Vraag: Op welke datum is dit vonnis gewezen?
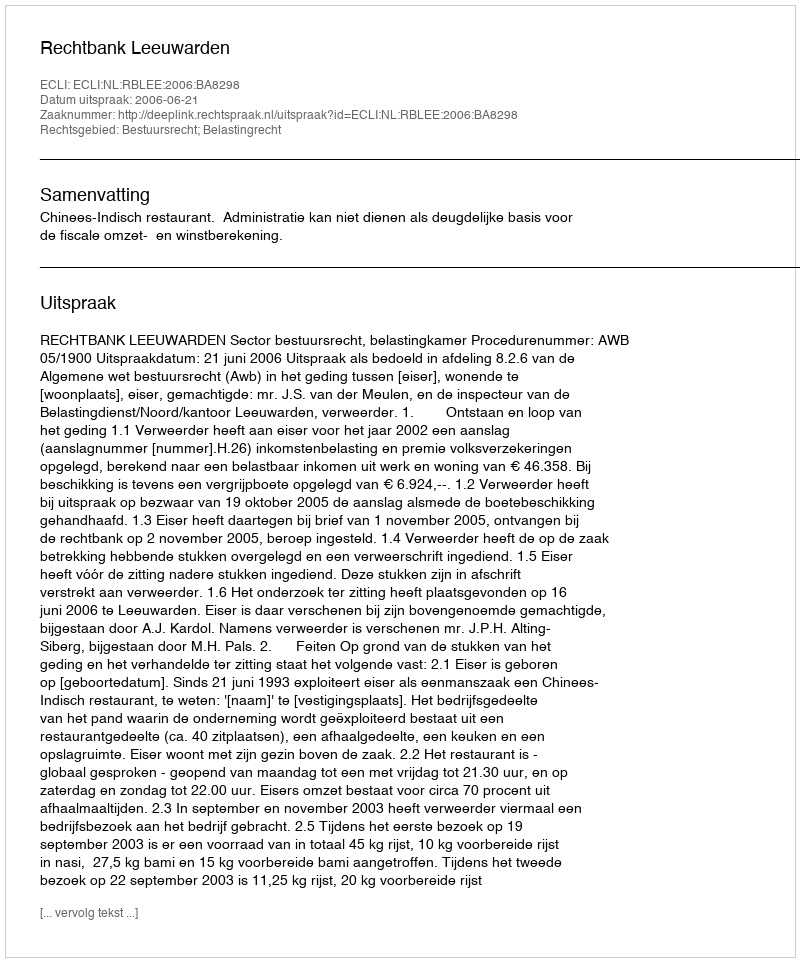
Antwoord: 2006-06-21